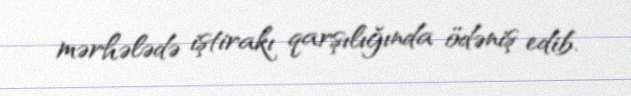
mərhələdə iştirakı qarşılığında ödəniş edib.